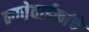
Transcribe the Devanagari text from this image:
नातेवाईकांचे